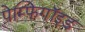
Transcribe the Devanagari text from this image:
पेम्फ़िगॉइड